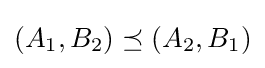
(A_{1},B_{2})\preceq (A_{2},B_{1})